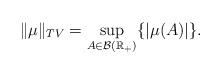
\begin{align*}\|\mu\|_{TV}=\sup_{A \in \mathcal{B}(\mathbb{R}_+)} \{|\mu(A)| \}.\end{align*}